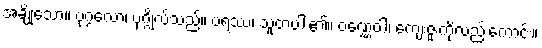
အချို့သော။ ပုဂ္ဂလော၊ ပုဂ္ဂိုလ်သည်။ ပရဿ၊ သူတပါး၏။ ဝဏ္ဏေဝါ၊ ကျေးဇူးကိုလည်းကောင်း။